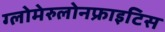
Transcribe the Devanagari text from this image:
ग्लोमेरुलोनफ्राइटिस